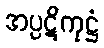
အပ္ပဋိကုဋ္ဌံ